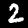
Label: 2